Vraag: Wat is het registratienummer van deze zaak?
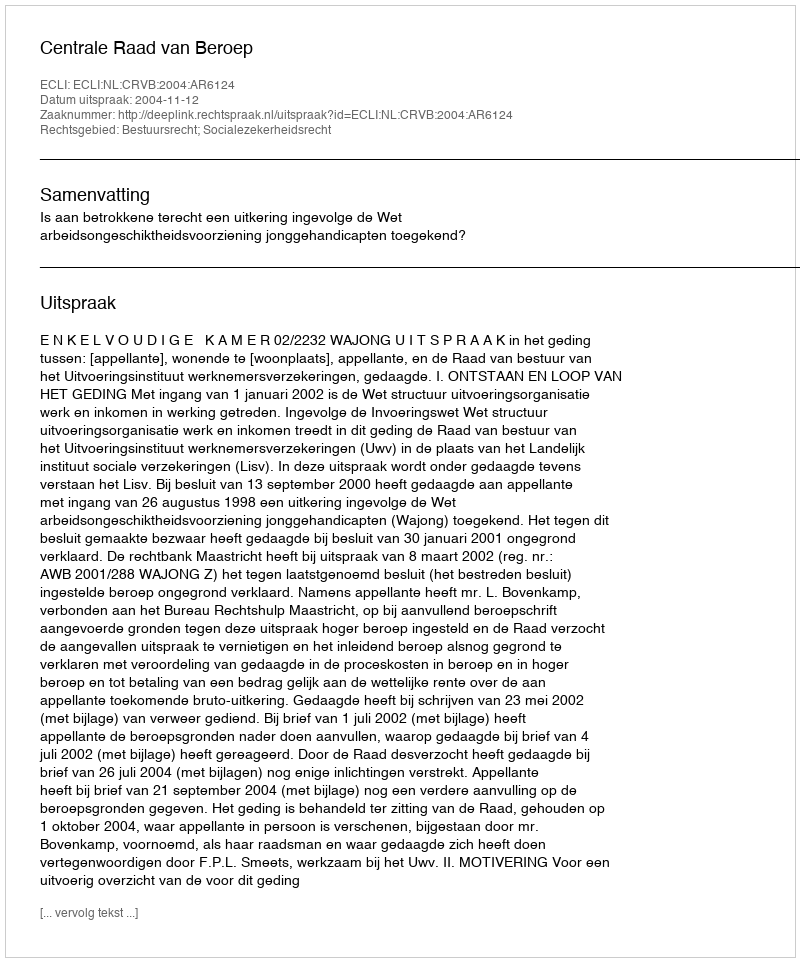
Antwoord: http://deeplink.rechtspraak.nl/uitspraak?id=ECLI:NL:CRVB:2004:AR6124